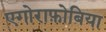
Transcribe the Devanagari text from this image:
एगोराफ़ोबिया